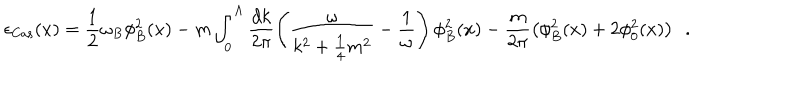
LaTeX: \epsilon _ { \mathrm { C a s } } ( x ) = \frac { 1 } { 2 } \omega _ { B } \phi _ { B } ^ { 2 } ( x ) - m \int _ { 0 } ^ { \Lambda } \frac { d k } { 2 \pi } \left( \frac { \omega } { k ^ { 2 } + \frac { 1 } { 4 } m ^ { 2 } } - \frac { 1 } { \omega } \right) \phi _ { B } ^ { 2 } ( x ) - \frac { m } { 2 \pi } \left( \phi _ { B } ^ { 2 } ( x ) + 2 \phi _ { 0 } ^ { 2 } ( x ) \right) \ \ .